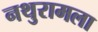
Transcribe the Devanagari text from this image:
नथुरामला